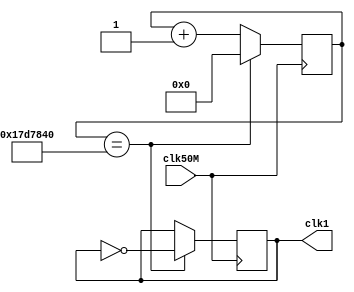
module DivFrequencia(
input clk50M,
output reg clk1
);

reg [25:0] contador;

always @(posedge clk50M)
	begin
		if(contador == 25000000)
			begin
				clk1 = ~clk1;
				contador = 0;
			end
		else
			contador = contador + 1;
	end
endmodule